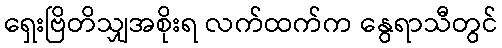
ရှေးဗြိတိသျှအစိုးရ လက်ထက်က နွေရာသီတွင်